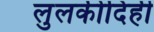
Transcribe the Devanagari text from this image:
लुलकीदिही